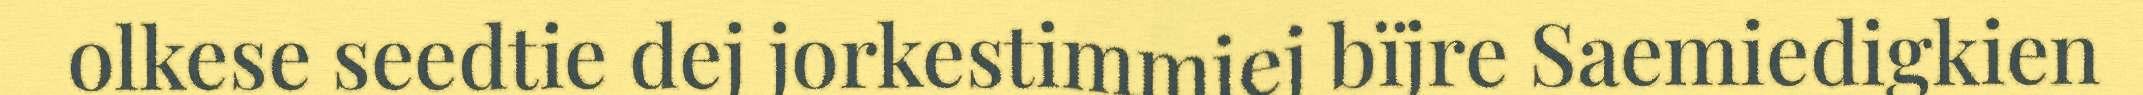
olkese seedtie dej jorkestimmiej bïjre Saemiedigkien